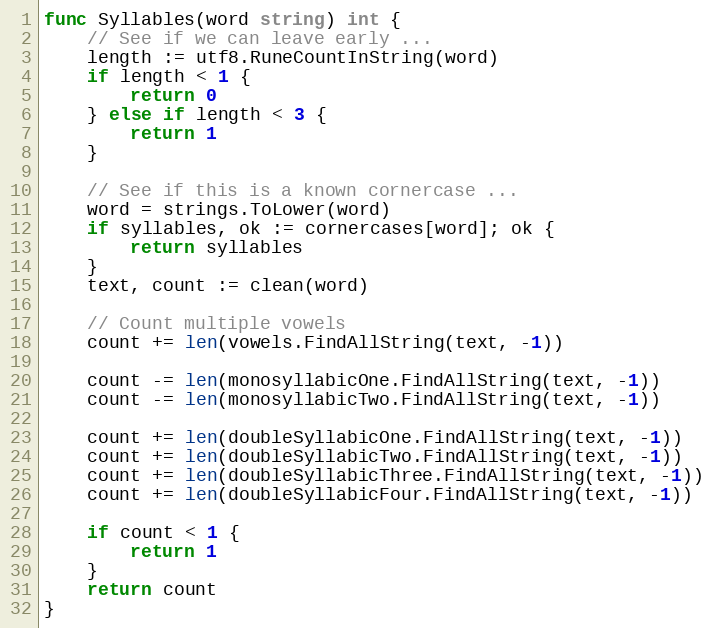
Language: Go
func Syllables(word string) int {
	// See if we can leave early ...
	length := utf8.RuneCountInString(word)
	if length < 1 {
		return 0
	} else if length < 3 {
		return 1
	}

	// See if this is a known cornercase ...
	word = strings.ToLower(word)
	if syllables, ok := cornercases[word]; ok {
		return syllables
	}
	text, count := clean(word)

	// Count multiple vowels
	count += len(vowels.FindAllString(text, -1))

	count -= len(monosyllabicOne.FindAllString(text, -1))
	count -= len(monosyllabicTwo.FindAllString(text, -1))

	count += len(doubleSyllabicOne.FindAllString(text, -1))
	count += len(doubleSyllabicTwo.FindAllString(text, -1))
	count += len(doubleSyllabicThree.FindAllString(text, -1))
	count += len(doubleSyllabicFour.FindAllString(text, -1))

	if count < 1 {
		return 1
	}
	return count
}